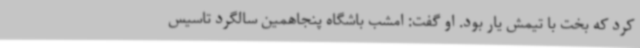
کرد که بخت با تیمش یار بود. او گفت: امشب باشگاه پنجاهمین سالگرد تاسیس